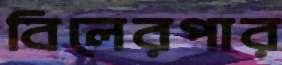
বিলেরপার